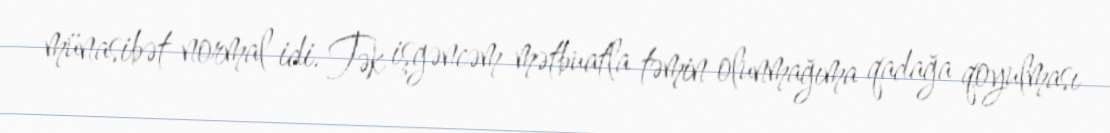
münasibət normal idi. Tək işgəncəm mətbuatla təmin olunmağıma qadağa qoyulması